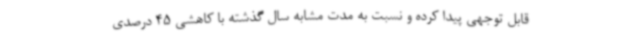
قابل توجهی پیدا کرده و نسبت به مدت مشابه سال گذشته با کاهشی 45 درصدی